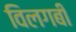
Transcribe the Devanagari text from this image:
विलगबी